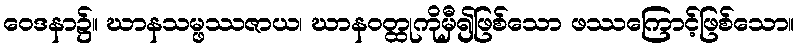
ဝေဒနာ၌။ ဃာနသမ္ဖဿဇာယ၊ ဃာနဝတ္ထုကိုမှီ၍ဖြစ်သော ဖဿကြောင့်ဖြစ်သော။